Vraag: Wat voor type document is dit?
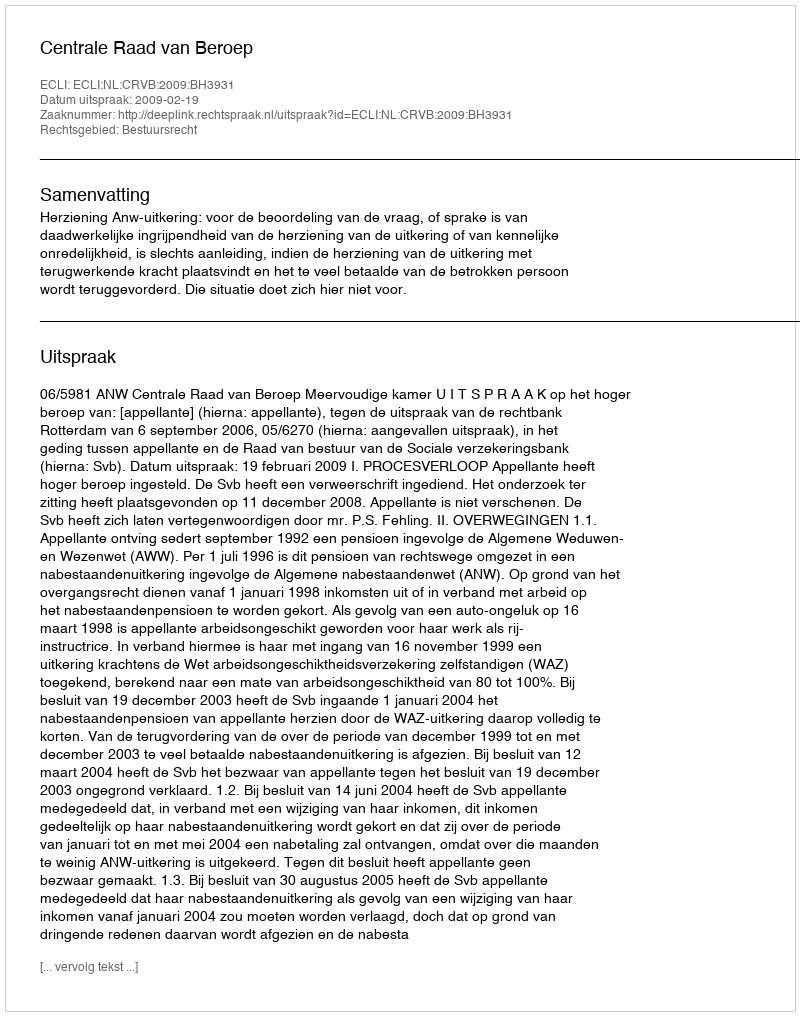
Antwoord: Uitspraak